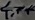
Text: 4.7k